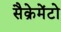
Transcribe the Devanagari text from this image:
सैक्रेमेंटो